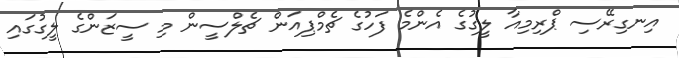
އިނގިރޭސި ޕްރިމިއާ ލީގުގެ އެންމެ ފަހުގެ ޗެމްޕިއަން ޗެލްސީން މި ސީޒަންގެ ލީގުގައި